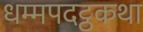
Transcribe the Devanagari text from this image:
धम्मपदट्ठकथा